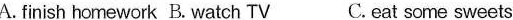
A. finish homework B. Watch TV C.eat some sweets